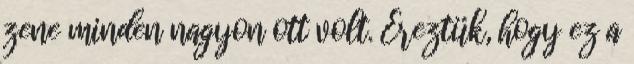
zene minden nagyon ott volt. Éreztük, hogy ez a